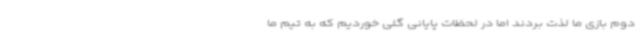
دوم بازی ما لذت بردند اما در لحظات پایانی گلی خوردیم که به تیم ما